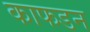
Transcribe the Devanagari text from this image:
काफडन